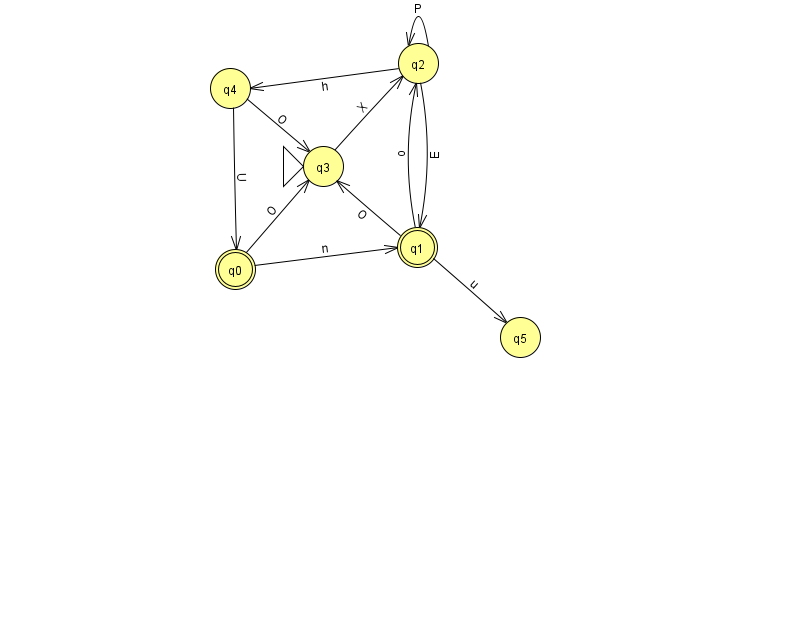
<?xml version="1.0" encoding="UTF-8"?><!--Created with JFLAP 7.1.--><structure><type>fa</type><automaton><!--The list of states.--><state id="0" name="q0"><x>235.0</x><y>256.0</y><final/></state><state id="1" name="q1"><x>417.0</x><y>234.0</y><final/></state><state id="2" name="q2"><x>418.0</x><y>50.0</y></state><state id="3" name="q3"><x>323.0</x><y>153.0</y><initial/></state><state id="4" name="q4"><x>230.0</x><y>75.0</y></state><state id="5" name="q5"><x>520.0</x><y>324.0</y></state><!--The list of transitions.--><transition><from>2</from><to>2</to><read>P</read></transition><transition><from>0</from><to>3</to><read>O</read></transition><transition><from>2</from><to>1</to><read>E</read></transition><transition><from>3</from><to>2</to><read>X</read></transition><transition><from>4</from><to>0</to><read>U</read></transition><transition><from>1</from><to>3</to><read>O</read></transition><transition><from>4</from><to>3</to><read>O</read></transition><transition><from>1</from><to>5</to><read>u</read></transition><transition><from>1</from><to>2</to><read>o</read></transition><transition><from>2</from><to>4</to><read>h</read></transition><transition><from>0</from><to>1</to><read>n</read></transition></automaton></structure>